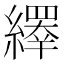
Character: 𦆎